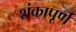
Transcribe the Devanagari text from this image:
शंकापूर्ण